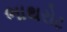
ભાથરોટ